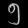
Digit: ၅